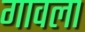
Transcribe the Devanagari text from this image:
गावला